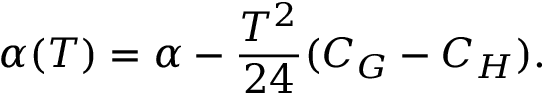
\alpha ( T ) = \alpha - \frac { T ^ { 2 } } { 2 4 } ( C _ { G } - C _ { H } ) .